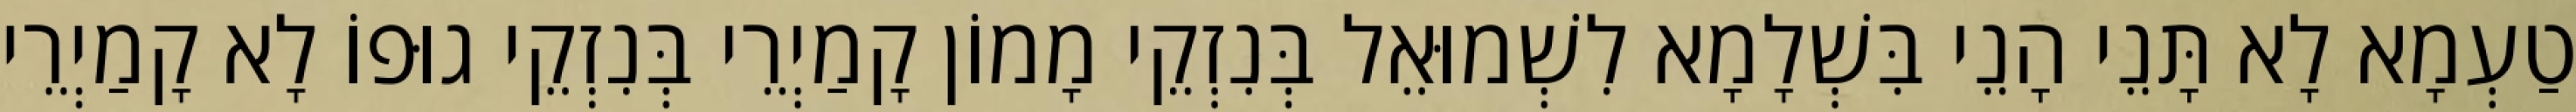
טַעְמָא לָא תָּנֵי הָנֵי בִּשְׁלָמָא לִשְׁמוּאֵל בְּנִזְקֵי מָמוֹן קָמַיְרֵי בְּנִזְקֵי גוּפוֹ לָא קָמַיְרֵי